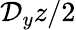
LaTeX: \mathcal{D}_{y}z/2